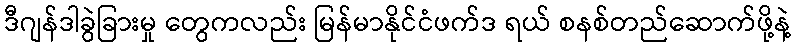
ဒီဂျန်ဒါခွဲခြားမှု တွေကလည်း မြန်မာနိုင်ငံဖက်ဒ ရယ် စနစ်တည်ဆောက်ဖို့နဲ့